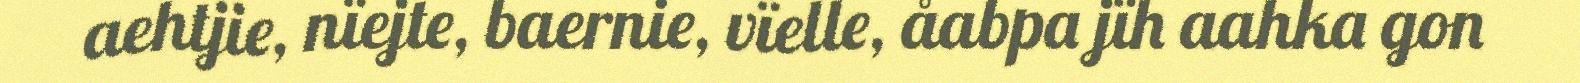
aehtjie, nïejte, baernie, vïelle, åabpa jïh aahka gon